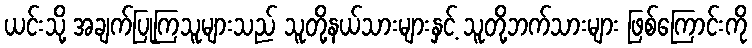
ယင်းသို့ အချက်ပြုကြသူများသည် သူတို့နယ်သားများနှင့် သူတို့ဘက်သားများ ဖြစ်ကြောင်းကို